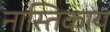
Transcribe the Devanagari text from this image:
नास्तिकाय